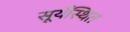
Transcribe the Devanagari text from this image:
सूर्यस्थित